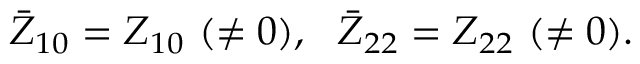
\bar { Z } _ { 1 0 } = Z _ { 1 0 } ~ ( \neq 0 ) , ~ ~ \bar { Z } _ { 2 2 } = Z _ { 2 2 } ~ ( \neq 0 ) .